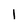
Character: 1